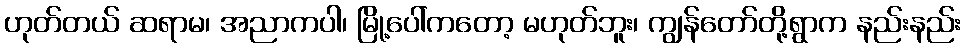
ဟုတ်တယ် ဆရာမ၊ အညာကပါ၊ မြို့ပေါ်ကတော့ မဟုတ်ဘူး၊ ကျွန်တော်တို့ရွာက နည်းနည်း